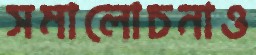
সমালোচনাও